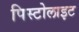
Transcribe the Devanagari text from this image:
पिस्टोलाइट